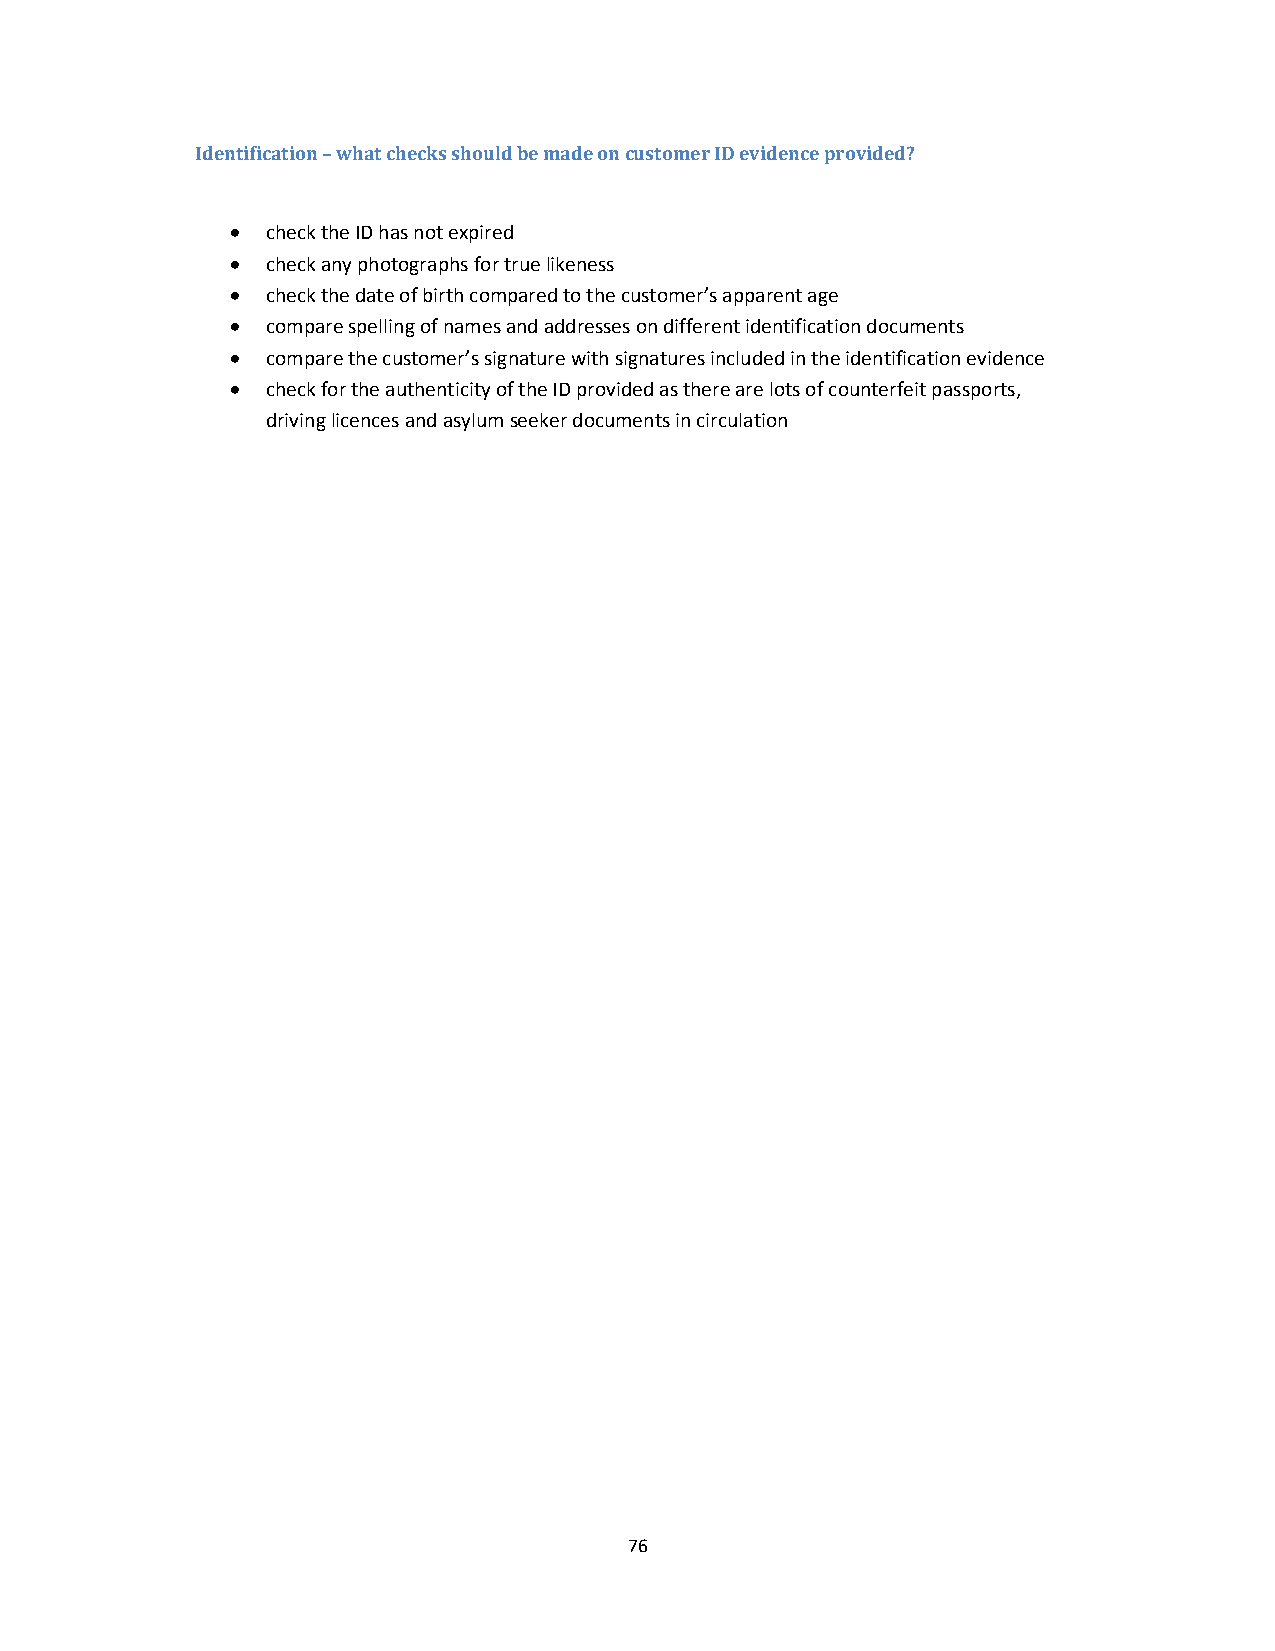
Identification – what checks should be made on customer ID evidence provided?
   check the ID has not expired
   check any photographs for true likeness
   check the date of birth compared to the customer’s apparent age
   compare spelling of names and addresses on different identification documents
   compare the customer’s signature with signatures included in the identification evidence
   check for the authenticity of the ID provided as there are lots of counterfeit passports,
 driving licences and asylum seeker documents in circulation
 76